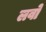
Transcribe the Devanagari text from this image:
लवो